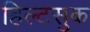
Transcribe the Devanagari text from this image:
हिल्टसुक